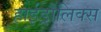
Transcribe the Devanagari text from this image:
हाईड्रौलिक्स